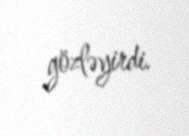
gözləyirdi.